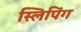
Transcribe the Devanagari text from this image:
स्लिपिंग